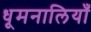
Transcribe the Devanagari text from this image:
धूमनालियाँ